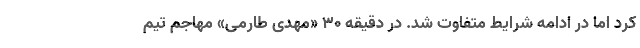
کرد اما در ادامه شرایط متفاوت شد. در دقیقه ۳۰ «مهدی طارمی» مهاجم تیم